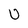
Character: U